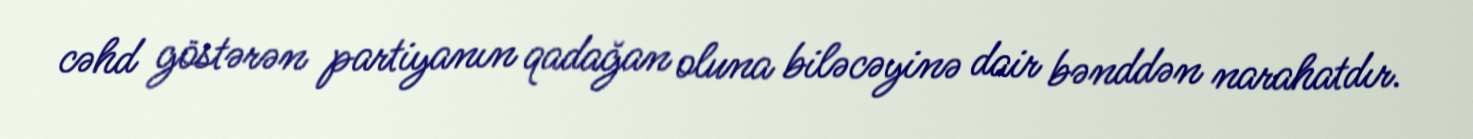
cəhd göstərən partiyanın qadağan oluna biləcəyinə dair bənddən narahatdır.